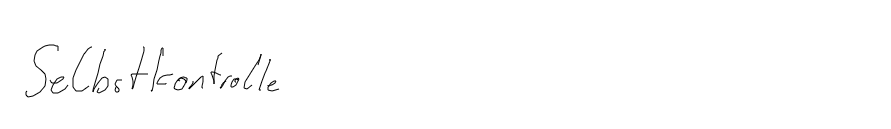
Selbstkontrolle